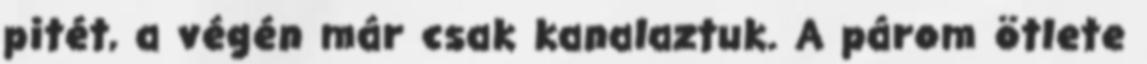
pitét, a végén már csak kanalaztuk. A párom ötlete